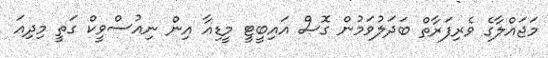
މަޖައްލާގެ ވެރިފަރާތް ބަދަލުވަމުން ގޮސް އައިބީޓީ މީޑިއާ އިން ނިއުސްވީކް ގަތީ މިދިއަ